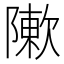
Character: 𨼤